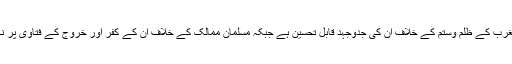
پس امریکہ اور مغرب کے ظلم وستم کے خلاف ان کی جدوجہد قابل تحسین ہے جبکہ مسلمان ممالک کے خلاف ان کے کفر اور خروج کے فتاوی پر نکیر کرنی چاہیے۔